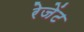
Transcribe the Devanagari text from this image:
रेजेंट